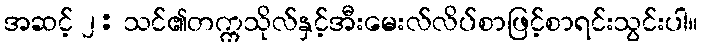
အဆင့် ၂: သင်၏တက္ကသိုလ်နှင့်အီးမေးလ်လိပ်စာဖြင့်စာရင်းသွင်းပါ။